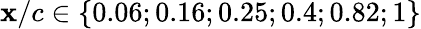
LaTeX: \mathbf{x}/c\in\{ 0.06;0.16;0.25;0.4;0.82;1\}